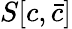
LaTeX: S[c,{\bar{c}}]